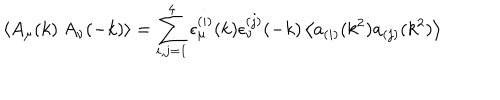
\left< A _ { \mu } ( k ) \ A _ { \nu } ( - k ) \right> = \sum _ { i , j = 1 } ^ { 4 } \epsilon _ { \mu } ^ { ( i ) } ( k ) \epsilon _ { \nu } ^ { ( j ) } ( - k ) \left< a _ { ( i ) } ( k ^ { 2 } ) a _ { ( j ) } ( k ^ { 2 } ) \right>